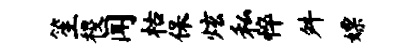
笙稷闻枯保炫私悴舛嫖